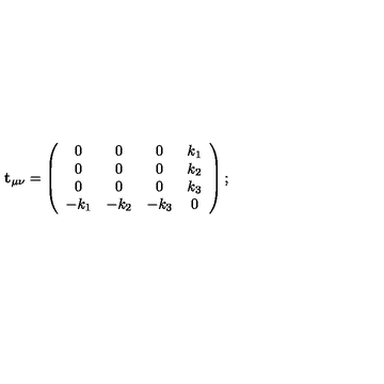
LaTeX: { \bf t } _ { \mu \nu } = \left( \begin{array} { c c c c } { 0 } & { 0 } & { 0 } & { k _ { 1 } } \\ { 0 } & { 0 } & { 0 } & { k _ { 2 } } \\ { 0 } & { 0 } & { 0 } & { k _ { 3 } } \\ { - k _ { 1 } } & { - k _ { 2 } } & { - k _ { 3 } } & { 0 } \\ \end{array} \right) ;